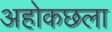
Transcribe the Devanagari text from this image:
अहोकछला